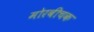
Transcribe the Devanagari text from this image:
मोरबीचक